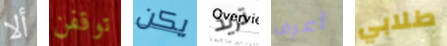
ألا توقفن يكن تريد أعرف طلابي